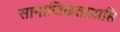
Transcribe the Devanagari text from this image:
सामाजिकताप्राप्ति